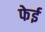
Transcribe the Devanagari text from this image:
फेई